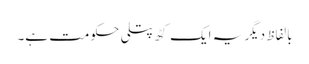
بالفاظ دیگر یہ ایک کٹھ پتلی حکومت ہے۔